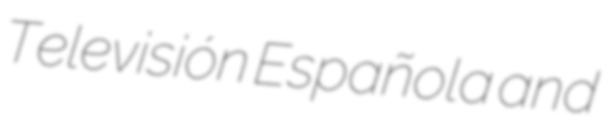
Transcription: Televisión Española and